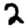
Digit: 2